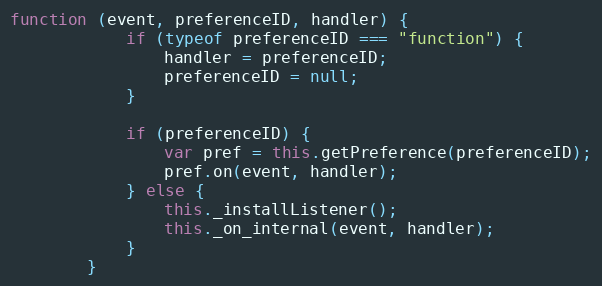
Language: JavaScript
function (event, preferenceID, handler) {
            if (typeof preferenceID === "function") {
                handler = preferenceID;
                preferenceID = null;
            }

            if (preferenceID) {
                var pref = this.getPreference(preferenceID);
                pref.on(event, handler);
            } else {
                this._installListener();
                this._on_internal(event, handler);
            }
        }